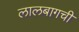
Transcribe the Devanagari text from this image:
लालबागची